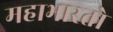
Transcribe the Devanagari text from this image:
महाभारतो